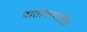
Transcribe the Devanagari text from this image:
वातावरणातील